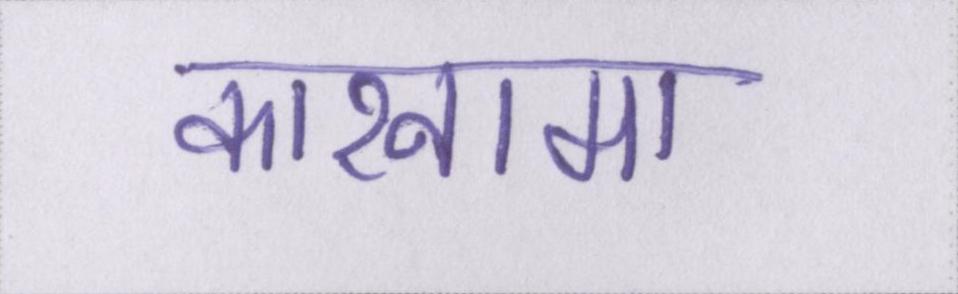
कारनामा